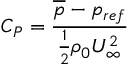
{ \displaystyle C _ { P } = \frac { \overline { { p } } - p _ { r e f } } { \frac { 1 } { 2 } \rho _ { 0 } U _ { \infty } ^ { 2 } } }